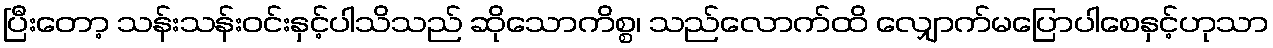
ပြီးတော့ သန်းသန်းဝင်းနှင့်ပါသိသည် ဆိုသောကိစ္စ၊ သည်လောက်ထိ လျှောက်မပြောပါစေနှင့်ဟုသာ